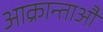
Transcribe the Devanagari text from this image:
आक्रान्ताऔ